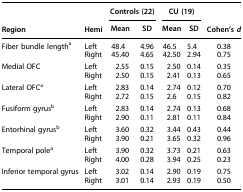
<table><thead><tr><td><b> </b></td><td><b> </b></td><td colspan="2"><b>Controls (22)</b></td><td colspan="2"><b>CU (19)</b></td><td><b> </b></td></tr><tr><td><b>Region</b></td><td><b>Hemi</b></td><td><b>Mean</b></td><td><b>SD</b></td><td><b>Mean</b></td><td><b>SD</b></td><td><b>Cohen&#x27;s <i>d</i></b></td></tr></thead><tbody><tr><td rowspan="2">Fiber bundle length<sup>a</sup></td><td>Left</td><td>48.4</td><td>4.96</td><td>46.5</td><td>5.4</td><td>0.38</td></tr><tr><td>Right</td><td>45.40</td><td>4.65</td><td>42.50</td><td>2.94</td><td>0.75</td></tr><tr><td rowspan="2">Medial OFC</td><td>Left</td><td>2.55</td><td>0.15</td><td>2.50</td><td>0.14</td><td>0.35</td></tr><tr><td>Right</td><td>2.50</td><td>0.15</td><td>2.41</td><td>0.13</td><td>0.65</td></tr><tr><td rowspan="2">Lateral OFC<sup>a</sup></td><td>Left</td><td>2.83</td><td>0.14</td><td>2.74</td><td>0.12</td><td>0.70</td></tr><tr><td>Right</td><td>2.72</td><td>0.15</td><td>2.6</td><td>0.15</td><td>0.82</td></tr><tr><td rowspan="2">Fusiform gyrus<sup>b</sup></td><td>Left</td><td>2.83</td><td>0.14</td><td>2.74</td><td>0.13</td><td>0.68</td></tr><tr><td>Right</td><td>2.90</td><td>0.11</td><td>2.81</td><td>0.11</td><td>0.84</td></tr><tr><td rowspan="2">Entorhinal gyrus<sup>b</sup></td><td>Left</td><td>3.60</td><td>0.32</td><td>3.44</td><td>0.43</td><td>0.44</td></tr><tr><td>Right</td><td>3.90</td><td>0.21</td><td>3.65</td><td>0.32</td><td>0.96</td></tr><tr><td rowspan="2">Temporal pole<sup>a</sup></td><td>Left</td><td>3.90</td><td>0.32</td><td>3.73</td><td>0.21</td><td>0.63</td></tr><tr><td>Right</td><td>4.00</td><td>0.28</td><td>3.94</td><td>0.25</td><td>0.23</td></tr><tr><td rowspan="2">Inferior temporal gyrus</td><td>Left</td><td>3.02</td><td>0.14</td><td>2.90</td><td>0.19</td><td>0.75</td></tr><tr><td>Right</td><td>3.01</td><td>0.14</td><td>2.93</td><td>0.19</td><td>0.50</td></tr></tbody></table>